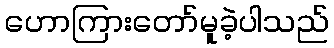
ဟောကြားတော်မူခဲ့ပါသည်